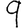
Digit: 9